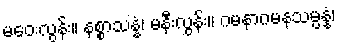
မဝေးလွန်း။ နစ္စာသန္နံ၊ မနီးလွန်း။ ဂမနာဂမနသမ္ပန္နံ၊